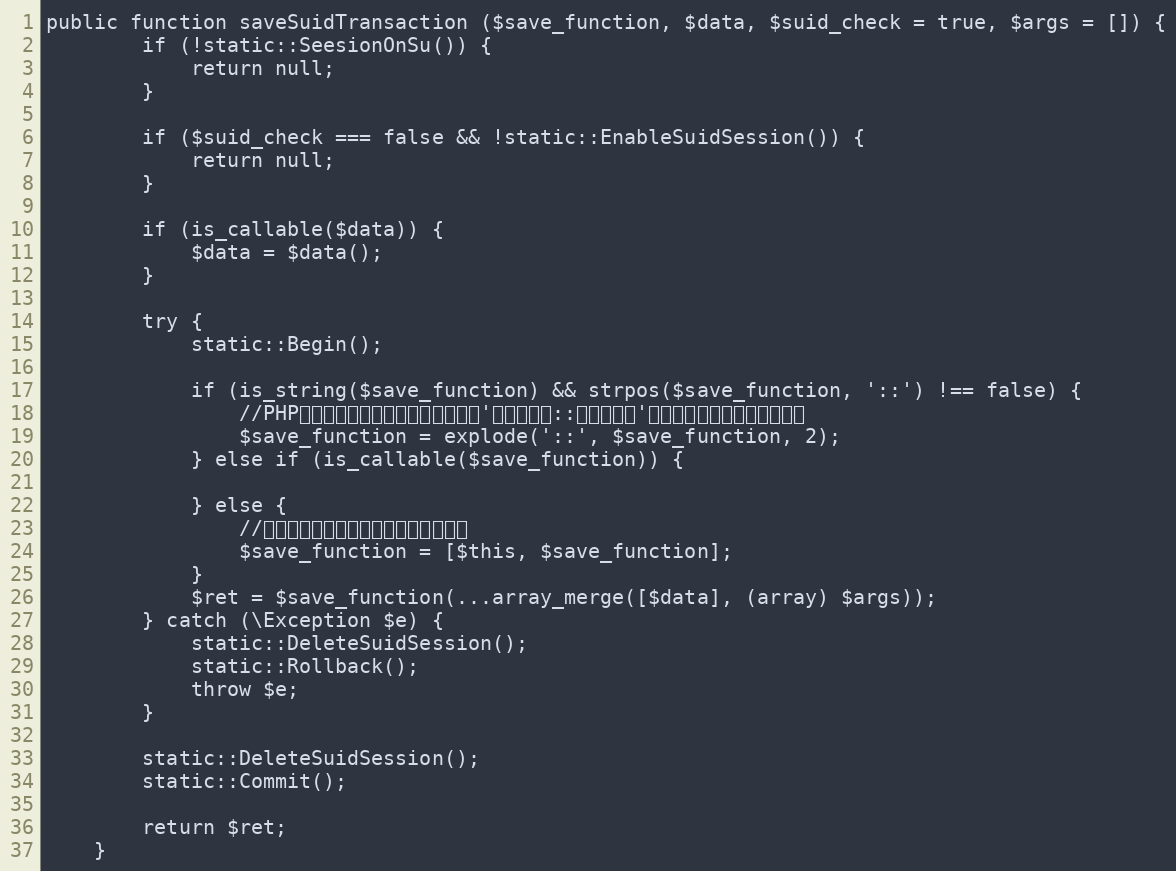
Language: PHP
public function saveSuidTransaction ($save_function, $data, $suid_check = true, $args = []) {
		if (!static::SeesionOnSu()) {
			return null;
		}

		if ($suid_check === false && !static::EnableSuidSession()) {
			return null;
		}

		if (is_callable($data)) {
			$data = $data();
		}

		try {
			static::Begin();

			if (is_string($save_function) && strpos($save_function, '::') !== false) {
				//PHPネイティブでは指定できないが、'クラスパス::メソッド名'の指定に合わせるための処理
				$save_function = explode('::', $save_function, 2);
			} else if (is_callable($save_function)) {

			} else {
				//インスタンスメソッドを指定する場合
				$save_function = [$this, $save_function];
			}
			$ret = $save_function(...array_merge([$data], (array) $args));
		} catch (\Exception $e) {
			static::DeleteSuidSession();
			static::Rollback();
			throw $e;
		}

		static::DeleteSuidSession();
		static::Commit();

		return $ret;
	}